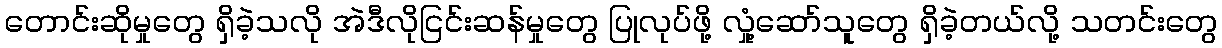
တောင်းဆိုမှုတွေ ရှိခဲ့သလို အဲဒီလိုငြင်းဆန်မှုတွေ ပြုလုပ်ဖို့ လှုံ့ဆော်သူတွေ ရှိခဲ့တယ်လို့ သတင်းတွေ